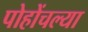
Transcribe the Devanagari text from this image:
पोहोंचल्या